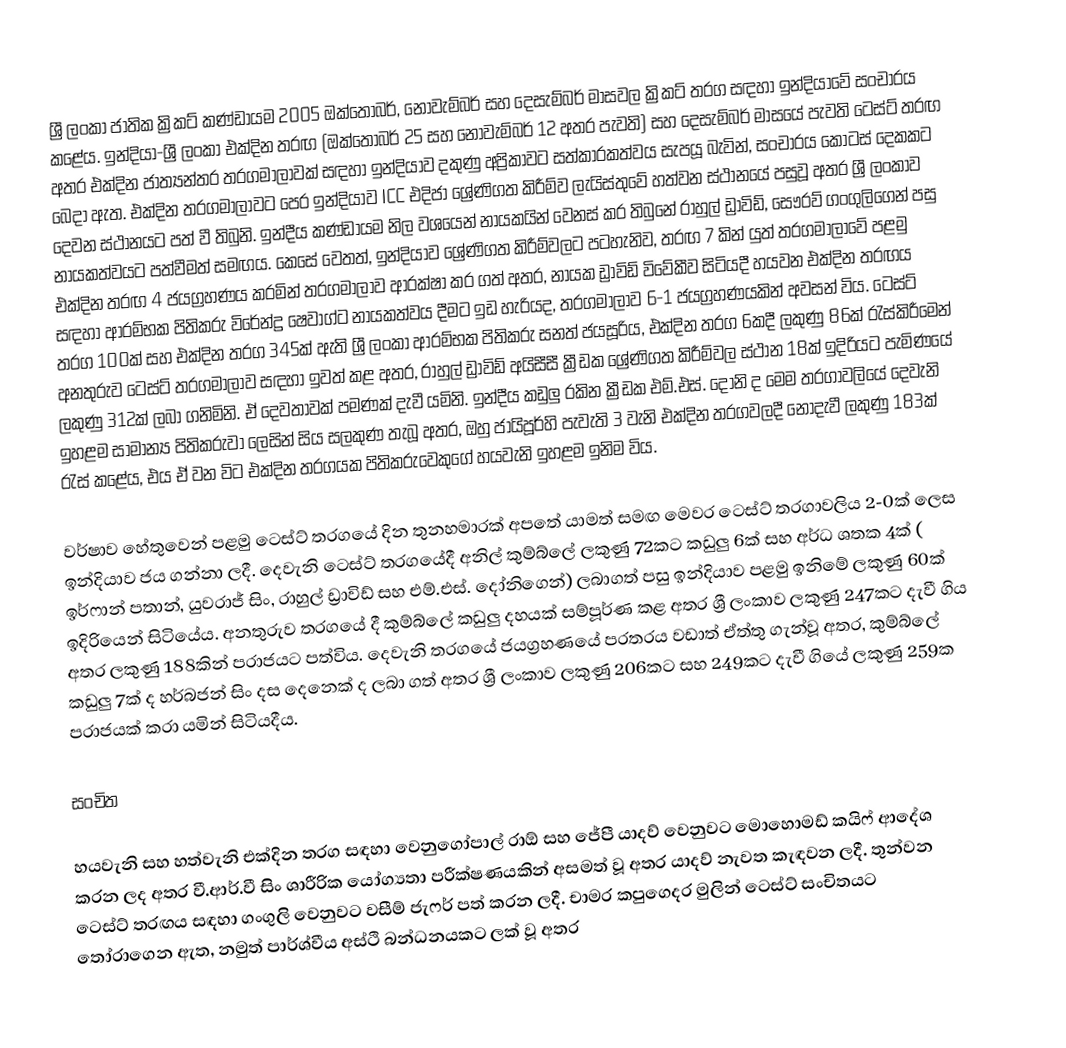
ශ්‍රී ලංකා ජාතික ක්‍රිකට් කණ්ඩායම 2005 ඔක්තෝබර්, නොවැම්බර් සහ දෙසැම්බර් මාසවල ක්‍රිකට් තරග සඳහා ඉන්දියාවේ සංචාරය කළේය. ඉන්දියා-ශ්‍රී ලංකා එක්දින තරඟ (ඔක්තෝබර් 25 සහ නොවැම්බර් 12 අතර පැවති) සහ දෙසැම්බර් මාසයේ පැවති ටෙස්ට් තරඟ අතර එක්දින ජාත්‍යන්තර තරගමාලාවක් සඳහා ඉන්දියාව දකුණු අප්‍රිකාවට සත්කාරකත්වය සැපයූ බැවින්, සංචාරය කොටස් දෙකකට බෙදා ඇත. එක්දින තරගමාලාවට පෙර ඉන්දියාව ICC එදිජා ශ්‍රේණිගත කිරීම්ව ලැයිස්තුවේ හත්වන ස්ථානයේ පසුවූ අතර ශ්‍රී ලංකාව දෙවන ස්ථානයට පත් වී තිබුනි. ඉන්දීය කණ්ඩායම නිල වශයෙන් නායකයින් වෙනස් කර තිබුනේ රාහුල් ඩ්‍රාවිඩ්, සෞරව් ගංගුලිගෙන් පසු නායකත්වයට පත්වීමත් සමඟය. කෙසේ වෙතත්, ඉන්දියාව ශ්‍රේණිගත කිරීම්වලට පටහැනිව, තරඟ 7 කින් යුත් තරගමාලාවේ පළමු එක්දින තරඟ 4 ජයග්‍රහණය කරමින් තරගමාලාව ආරක්ෂා කර ගත් අතර, නායක ඩ්‍රාවිඩ් විවේකීව සිටියදී හයවන එක්දින තරඟය සඳහා ආරම්භක පිතිකරු විරේන්ද්‍ර ෂෙවාග්ට නායකත්වය දීමට ඉඩ හැරියද, තරගමාලාව 6-1 ජයග්‍රහණයකින් අවසන් විය. ටෙස්ට් තරග 100ක් සහ එක්දින තරග 345ක් ඇති ශ්‍රී ලංකා ආරම්භක පිතිකරු සනත් ජයසූරිය, එක්දින තරග 6කදී ලකුණු 86ක් රැස්කිරීමෙන් අනතුරුව ටෙස්ට් තරගමාලාව සඳහා ඉවත් කළ අතර, රාහුල් ඩ්‍රාවිඩ් අයිසීසී ක්‍රීඩක ශ්‍රේණිගත කිරීම්වල ස්ථාන 18ක් ඉදිරියට පැමිණයේ ලකුණු 312ක් ලබා ගනිමිනි. ඒ දෙවතාවක් පමණක් දැවී යමිනි. ඉන්දීය කඩුලු රකින ක්‍රීඩක එම්.එස්. දෝනි ද මෙම තරගාවලියේ දෙවැනි ඉහළම සාමාන්‍ය පිතිකරුවා ලෙසින් සිය සලකුණ තැබූ අතර, ඔහු ජායිපූර්හි පැවැති 3 වැනි එක්දින තරගවලදී නොදැවී ලකුණු 183ක් රැස් කළේය, එය ඒ වන විට එක්දින තරගයක පිතිකරුවෙකුගේ හයවැනි ඉහළම ඉනිම විය.

වර්ෂාව හේතුවෙන් පළමු ටෙස්ට් තරගයේ දින තුනහමාරක් අපතේ යාමත් සමඟ මෙවර ටෙස්ට් තරගාවලිය 2-0ක් ලෙස ඉන්දියාව ජය ගන්නා ලදී. දෙවැනි ටෙස්ට් තරගයේදී අනිල් කුම්බ්ලේ ලකුණු 72කට කඩුලු 6ක් සහ අර්ධ ශතක 4ක් ( ඉර්ෆාන් පතාන්, යුවරාජ් සිං, රාහුල් ඩ්‍රාවිඩ් සහ එම්.එස්. දෝනිගෙන්) ලබාගත් පසු ඉන්දියාව පළමු ඉනිමේ ලකුණු 60ක් ඉදිරියෙන් සිටියේය. අනතුරුව තරගයේ දී කුම්බ්ලේ කඩුලු දහයක් සම්පූර්ණ කළ අතර ශ්‍රී ලංකාව ලකුණු 247කට දැවී ගිය අතර ලකුණු 188කින් පරාජයට පත්විය. දෙවැනි තරගයේ ජයග්‍රහණයේ පරතරය වඩාත් ඒත්තු ගැන්වූ අතර, කුම්බ්ලේ කඩුලු 7ක් ද හර්බජන් සිං දස දෙනෙක් ද ලබා ගත් අතර ශ්‍රී ලංකාව ලකුණු 206කට සහ 249කට දැවී ගියේ ලකුණු 259ක පරාජයක් කරා යමින් සිටියදීය.

සංචිත

හයවැනි සහ හත්වැනි එක්දින තරග සඳහා වෙනුගෝපාල් රාඕ සහ ජේපී යාදව් වෙනුවට මොහොමඩ් කයිෆ් ආදේශ කරන ලද අතර වී.ආර්.වී සිං ශාරීරික යෝග්‍යතා පරීක්ෂණයකින් අසමත් වූ අතර යාදව් නැවත කැඳවන ලදී. තුන්වන ටෙස්ට් තරඟය සඳහා ගංගුලි වෙනුවට වසීම් ජැෆර් පත් කරන ලදී. චාමර කපුගෙදර මුලින් ටෙස්ට් සංචිතයට තෝරාගෙන ඇත, නමුත් පාර්ශ්වීය අස්ථි බන්ධනයකට ලක් වූ අතර